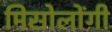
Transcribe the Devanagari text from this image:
मिसोलोंगी